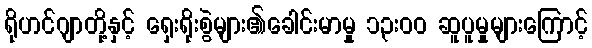
ရိုဟင်ဂျာတို့နှင့် ရှေးရိုးစွဲများ၏ခေါင်းမာမှု ၁၃းဝဝ ဆူပူမှုများကြောင့်